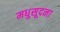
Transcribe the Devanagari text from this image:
मधुसूदना